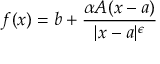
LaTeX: f ( x ) = b + { \frac { \alpha A ( x - a ) } { | x - a | ^ { \epsilon } } }